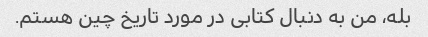
بله، من به دنبال کتابی در مورد تاریخ چین هستم.